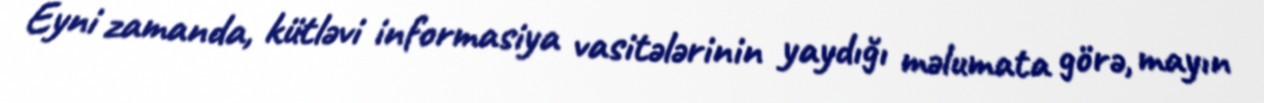
Eyni zamanda, kütləvi informasiya vasitələrinin yaydığı məlumata görə, mayın